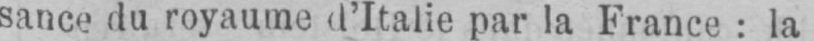
sance du royaume d’Italie par la France: la